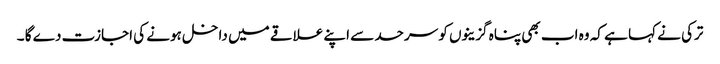
ترکی نے کہا ہے کہ وہ اب بھی پناہ گزینوں کو سرحد سے اپنے علاقے میں داخل ہونے کی اجازت دے گا ۔